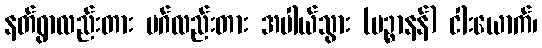
နတ်ရွာလည်းတား မဂ်လည်းတား အပါယ်သွား (ပဉ္စာနန်) ငါးယောက်၊